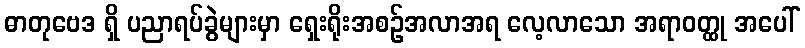
ဓာတုဗေဒ ရှိ ပညာရပ်ခွဲများမှာ ရှေးရိုးအစဉ်အလာအရ လေ့လာသော အရာဝတ္ထု အပေါ်